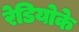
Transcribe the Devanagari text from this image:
रेडियोके